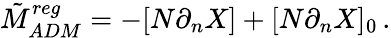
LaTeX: \tilde{M}_{ADM}^{reg}=-[N\partial_{n}X]+[N\partial_{n}X]_{0}\, .